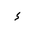
Letter: _hamza